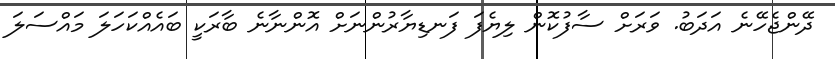
ދޭންޖެހޭނެ އަދަބު. ވަރަށް ސާފުކޮން ލިޔެފަ ފަނޑިޔާރުންނަށް އޮންނާނެ ބާރަކީ ބައެއްކަހަލަ މައްސަލަ